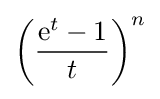
{\left({\frac {\mathrm {e} ^{t}-1}{t}}\right)}^{n}